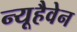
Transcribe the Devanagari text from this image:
न्यूहैवेन